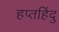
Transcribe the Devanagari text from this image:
हप्तहिंदु